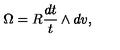
\Omega = R \frac { d t } { t } \wedge d v ,